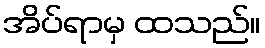
အိပ်ရာမှ ထသည်။